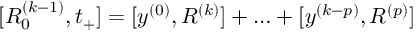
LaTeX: [ R _ { 0 } ^ { ( k - 1 ) } , t _ { + } ] = [ y ^ { ( 0 ) } , R ^ { ( k ) } ] + \ldots + [ y ^ { ( k - p ) } , R ^ { ( p ) } ]